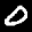
Label: 0